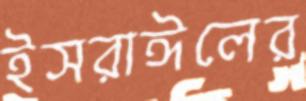
ইসরাঈলের